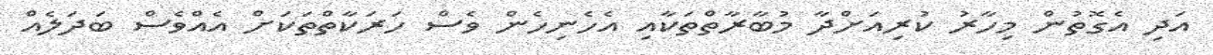
އަދި އެގޮތުން މިހާރު ކުރިއަށްދާ މުބާރާތްތަކާއި އެހެނިހެން ވެސް ހަރަކާތްތަކަށް އެއްވެސް ބަދަލެއް